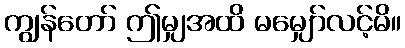
ကျွန်တော် ဤမျှအထိ မမျှော်လင့်မိ။